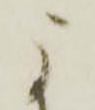
に